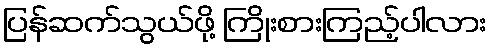
ပြန်ဆက်သွယ်ဖို့ ကြိုးစားကြည့်ပါလား